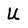
Character: U